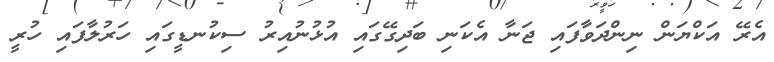
އެރޭ އަކްޔަން ނިންދަވާފައި ޖަނާ އެކަނި ބަދިގޭގައި އުޅުނުއިރު ސިކުނޑީގައި ހަރުލާފައި ހުރީ